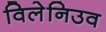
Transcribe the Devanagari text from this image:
विलेनिउव